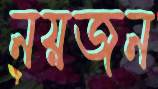
নয়জন